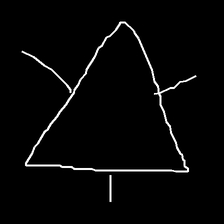
Glyph: fire